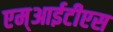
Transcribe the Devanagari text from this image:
एम्आईटीएस